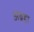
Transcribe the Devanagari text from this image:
अब्रहा